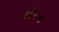
થીમના